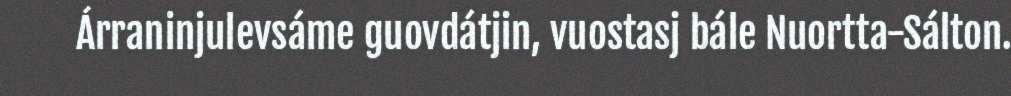
Árraninjulevsáme guovdátjin, vuostasj bále Nuortta-Sálton.